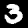
Label: 3